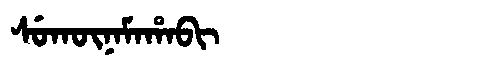
Manchu: ᠰᡠᡴᡡᠨᠠᠮᠠᡥᠠᠪᡳ
Romanization: SUKŪNAMAHABI